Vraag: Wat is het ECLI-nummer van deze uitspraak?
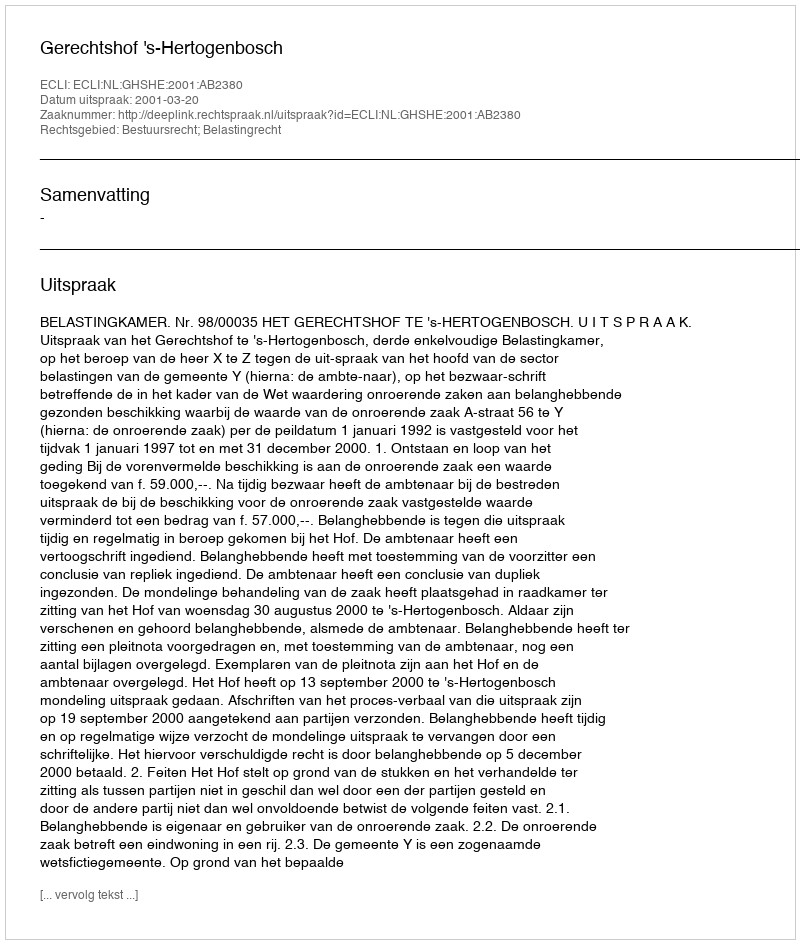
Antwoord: ECLI:NL:GHSHE:2001:AB2380